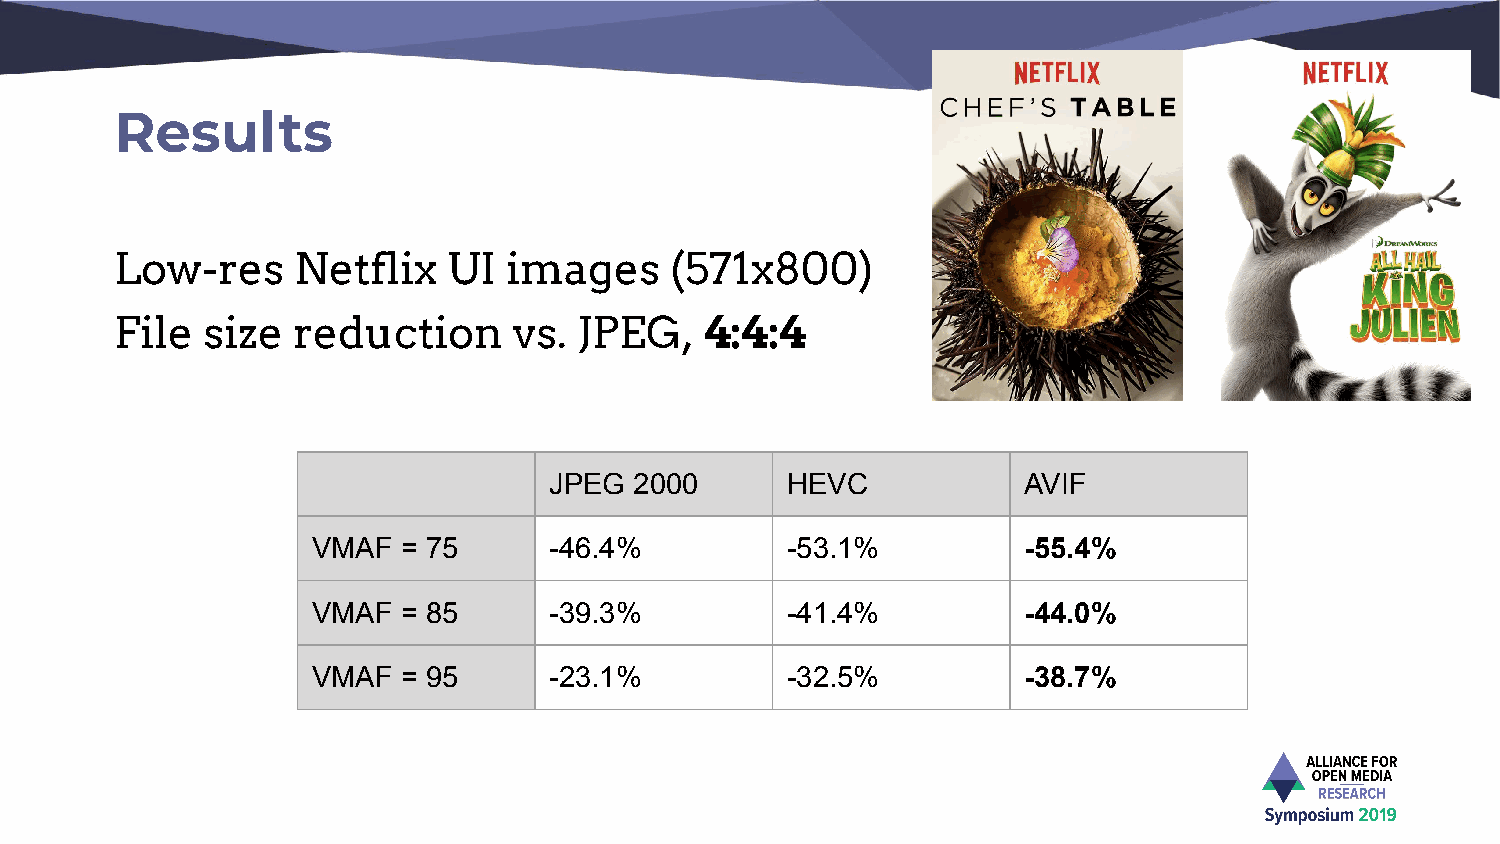
Results
 Low-res     Netflix   UI  images    (571x800)
 File size  reduction      vs. JPEG,    4:4:4
 JPEG  2000      HEVC            AVIF
 VMAF  = 75     -46.4%          -53.1%          -55.4%
 VMAF  = 85     -39.3%          -41.4%          -44.0%
 VMAF  = 95     -23.1%          -32.5%          -38.7%